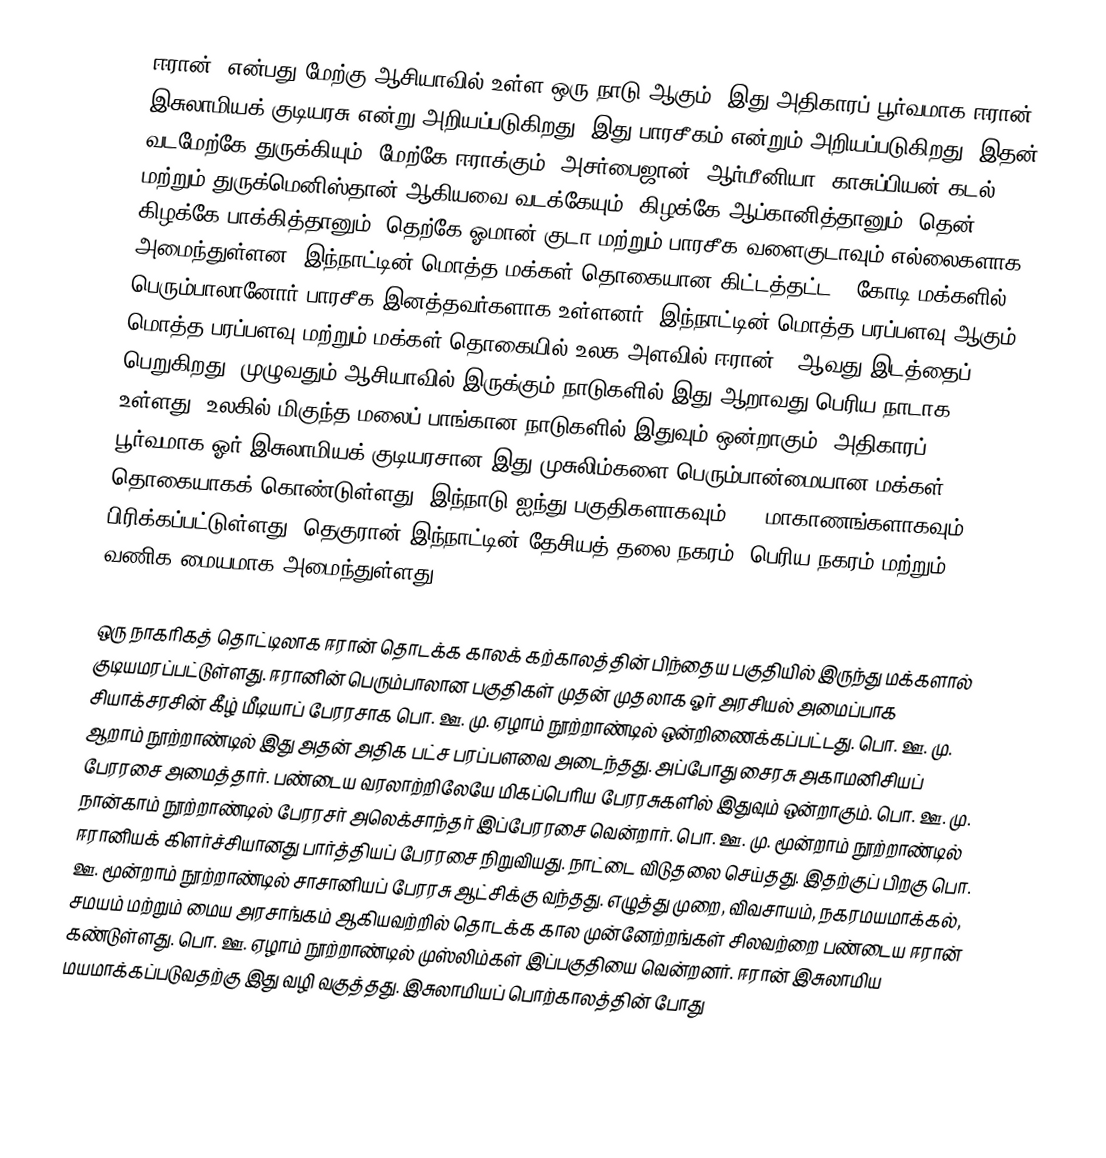
ஈரான், என்பது மேற்கு ஆசியாவில் உள்ள ஒரு நாடு ஆகும். இது அதிகாரப் பூர்வமாக ஈரான் இசுலாமியக் குடியரசு என்று அறியப்படுகிறது. இது பாரசீகம் என்றும் அறியப்படுகிறது. இதன் வடமேற்கே துருக்கியும், மேற்கே ஈராக்கும், அசர்பைஜான், ஆர்மீனியா, காசுப்பியன் கடல், மற்றும் துருக்மெனிஸ்தான் ஆகியவை வடக்கேயும், கிழக்கே ஆப்கானித்தானும், தென் கிழக்கே பாக்கித்தானும், தெற்கே ஓமான் குடா மற்றும் பாரசீக வளைகுடாவும் எல்லைகளாக அமைந்துள்ளன. இந்நாட்டின் மொத்த மக்கள் தொகையான கிட்டத்தட்ட 9 கோடி மக்களில் பெரும்பாலானோர் பாரசீக இனத்தவர்களாக உள்ளனர். இந்நாட்டின் மொத்த பரப்பளவு  ஆகும். மொத்த பரப்பளவு மற்றும் மக்கள் தொகையில் உலக அளவில் ஈரான் 17ஆவது இடத்தைப் பெறுகிறது. முழுவதும் ஆசியாவில் இருக்கும் நாடுகளில் இது ஆறாவது பெரிய நாடாக உள்ளது. உலகில் மிகுந்த மலைப் பாங்கான நாடுகளில் இதுவும் ஒன்றாகும். அதிகாரப் பூர்வமாக ஓர் இசுலாமியக் குடியரசான இது முசுலிம்களை பெரும்பான்மையான மக்கள் தொகையாகக் கொண்டுள்ளது. இந்நாடு ஐந்து பகுதிகளாகவும், 31 மாகாணங்களாகவும் பிரிக்கப்பட்டுள்ளது. தெகுரான் இந்நாட்டின் தேசியத் தலை நகரம், பெரிய நகரம் மற்றும் வணிக மையமாக அமைந்துள்ளது.

ஒரு நாகரிகத் தொட்டிலாக ஈரான் தொடக்க காலக் கற்காலத்தின் பிந்தைய பகுதியில் இருந்து மக்களால் குடியமரப்பட்டுள்ளது. ஈரானின் பெரும்பாலான பகுதிகள் முதன் முதலாக ஓர் அரசியல் அமைப்பாக சியாக்சரசின் கீழ் மீடியாப் பேரரசாக பொ. ஊ. மு. ஏழாம் நூற்றாண்டில் ஒன்றிணைக்கப்பட்டது. பொ. ஊ. மு. ஆறாம் நூற்றாண்டில் இது அதன் அதிக பட்ச பரப்பளவை அடைந்தது. அப்போது சைரசு அகாமனிசியப் பேரரசை அமைத்தார். பண்டைய வரலாற்றிலேயே மிகப்பெரிய பேரரசுகளில் இதுவும் ஒன்றாகும். பொ. ஊ. மு. நான்காம் நூற்றாண்டில் பேரரசர் அலெக்சாந்தர் இப்பேரரசை வென்றார். பொ. ஊ. மு. மூன்றாம் நூற்றாண்டில் ஈரானியக் கிளர்ச்சியானது பார்த்தியப் பேரரசை நிறுவியது. நாட்டை விடுதலை செய்தது. இதற்குப் பிறகு பொ. ஊ. மூன்றாம் நூற்றாண்டில் சாசானியப் பேரரசு ஆட்சிக்கு வந்தது. எழுத்து முறை, விவசாயம், நகரமயமாக்கல், சமயம் மற்றும் மைய அரசாங்கம் ஆகியவற்றில் தொடக்க கால முன்னேற்றங்கள் சிலவற்றை பண்டைய ஈரான் கண்டுள்ளது. பொ. ஊ. ஏழாம் நூற்றாண்டில் முஸ்லிம்கள் இப்பகுதியை வென்றனர். ஈரான் இசுலாமிய மயமாக்கப்படுவதற்கு இது வழி வகுத்தது. இசுலாமியப் பொற்காலத்தின் போது